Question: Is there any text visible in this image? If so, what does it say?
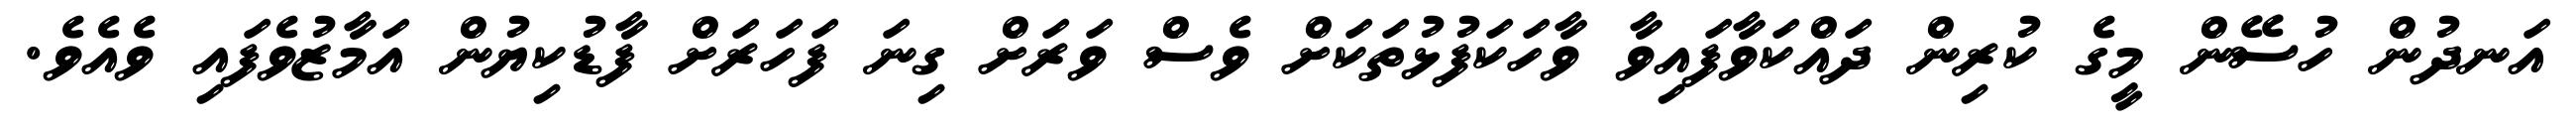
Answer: އަނދުން ހުސޭން މީގެ ކުރިން ދައްކަވާފައިވާ ވާހަކަފުޅުތަކަށް ވެސް ވަރަށް ގިނަ ފަހަރަށް ފާޑުކިޔުން އަމާޒުވެފައި ވެއެވެ.